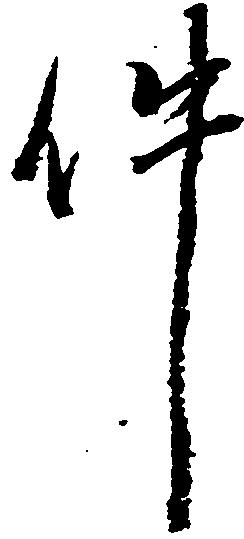
件